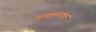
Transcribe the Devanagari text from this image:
आक्रमणकर